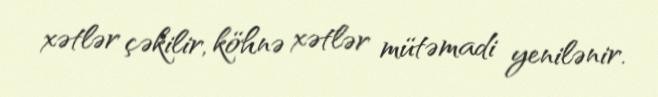
xətlər çəkilir, köhnə xətlər mütəmadi yenilənir.